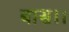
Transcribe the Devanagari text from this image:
बास।।